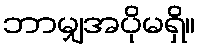
ဘာမျှအပိုမရှိ။